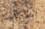
بشاحنة